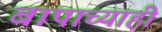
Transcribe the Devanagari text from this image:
बापाच्याही